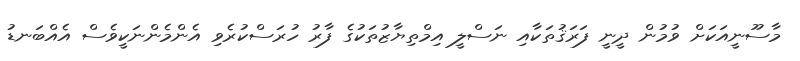
މާސޫނީއަކަށް ވުމުން ދީނީ ފަރަޤުތަކާއި ނަސްލީ އިމްތިޔާޒުތަކުގެ ފާރު ހުރަސްކުރެވި އެންމެންނަކީވެސް އެއްބަނޑު